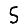
Digit: 5